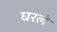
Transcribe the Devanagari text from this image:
घरले